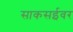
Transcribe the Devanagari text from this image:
साकसईवर